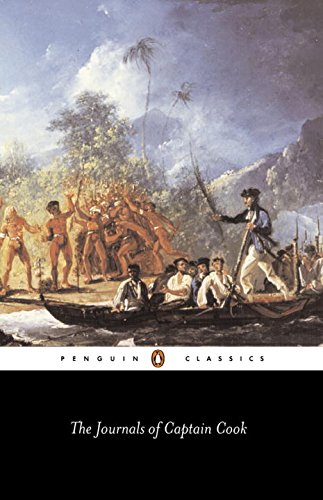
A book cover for The Journals of Captain Cook (Penguin Classics); James R. Cook; History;